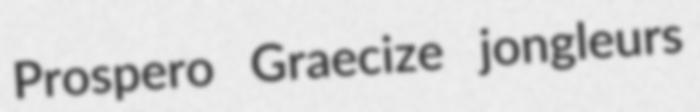
Prospero Graecize jongleurs